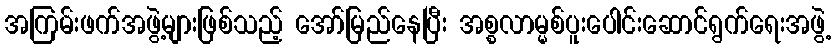
အကြမ်းဖက်အဖွဲ့များဖြစ်သည့် အော်မြည်နေပြီး အစ္စလာမ္မစ်ပူးပေါင်းဆောင်ရွက်ရေးအဖွဲ့